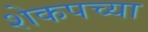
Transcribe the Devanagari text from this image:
शेकपच्या